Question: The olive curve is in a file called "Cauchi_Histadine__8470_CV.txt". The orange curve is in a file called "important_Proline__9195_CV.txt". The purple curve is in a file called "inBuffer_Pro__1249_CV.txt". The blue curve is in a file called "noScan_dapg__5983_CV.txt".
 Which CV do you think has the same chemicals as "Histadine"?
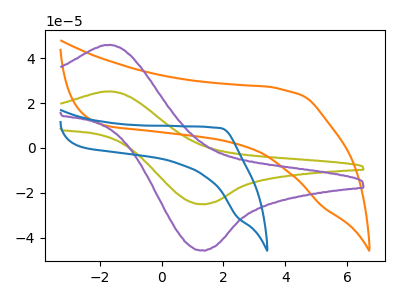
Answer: <think>The olive curve "Histadine" has an anodic peak at (-1.65V, 25.20uA) and a cathodic peak at (1.30V, -25.05uA). The orange curve "Proline" has no peaks. The purple curve "Pro" has an anodic peak at (-1.65V, 45.95uA) and a cathodic peak at (1.30V, -45.65uA). The blue curve "dapg" has no peaks.
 "Histadine" and "Proline" have a different number of peaks. All the peaks in "Histadine" have a peak in "Pro" at the same potential. Every peak in "Histadine" is lower than every peak in "Pro". "Histadine" and "dapg" have a different number of peaks. "Proline" and "Pro" have a different number of peaks. Neither "Proline" or "dapg" have any peaks. "Pro" and "dapg" have a different number of peaks.</think>
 <answer>The CV with the most similar shape to "Pro" is "Histadine".</answer>
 <eval>"Histadine"</eval>